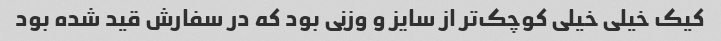
کیک خیلی خیلی کوچک‌تر از سایز و وزنی بود که در سفارش قید شده بود